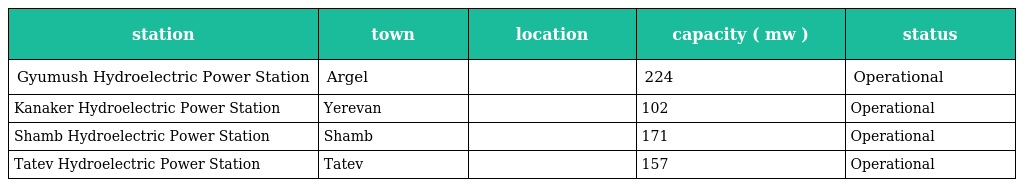
| station | town | location | capacity ( mw ) | status |
 | --- | --- | --- | --- | --- |
 | Gyumush Hydroelectric Power Station | Argel |  | 224 | Operational |
 | Kanaker Hydroelectric Power Station | Yerevan |  | 102 | Operational |
 | Shamb Hydroelectric Power Station | Shamb |  | 171 | Operational |
 | Tatev Hydroelectric Power Station | Tatev |  | 157 | Operational |